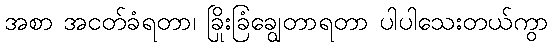
အစာ အငတ်ခံရတာ၊ ခြိုးခြံချွေတာရတာ ပါပါသေးတယ်ကွာ